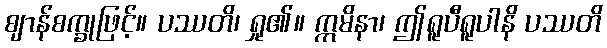
ဈာန်စက္ခုဖြင့်။ ပဿတိ၊ ရှု၏။ ဣမိနာ၊ ဤရူပီရူပါနိ ပဿတိ